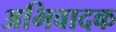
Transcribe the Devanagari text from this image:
अभिवादक